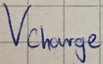
Text: Vcharge